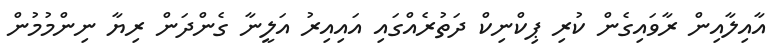
އާއިލާއިން ރާވައިގެން ކުރި ޕިކްނިކް ދަތުރެއްގައި އައިއިރު އަލީނާ ގެންދަން ރިޔާ ނިންމުމުން